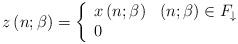
LaTeX: \begin{align*}z\left( n;\beta \right) =\left\{ \begin{array}{ll}x\left( n;\beta \right) & \left( n;\beta \right) \in F_{\downarrow} \\ 0 & \end{array}\right.\end{align*}